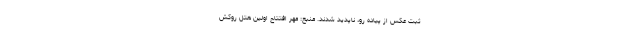
ثبت عکس از پیاده رو، ناپدید شدند. منبع: مهر افتتاح اولین هتل روکش